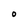
Character: O